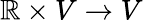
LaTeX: \mathbb{R}\times V\rightarrow V